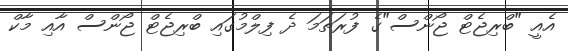
އެއީ "ބްރިޖެޓް ޖޯންސް"ގެ ފުރަތަމަ ދެ ފިލްމުގައި ބްރިޖެޓް ޖޯންސް އާއި މާކް